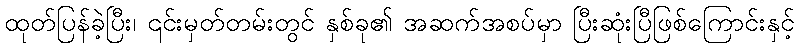
ထုတ်ပြန်ခဲ့ပြီး၊ ၎င်းမှတ်တမ်းတွင် နှစ်ခု၏ အဆက်အစပ်မှာ ပြီးဆုံးပြီဖြစ်ကြောင်းနှင့်